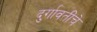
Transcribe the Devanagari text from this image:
दुर्गावतींचे